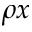
\rho x